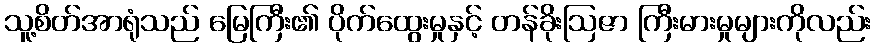
သူ့စိတ်အာရုံသည် မြေကြီး၏ ပိုက်ထွေးမှုနှင့် တန်ခိုးဩဇာ ကြီးမားမှုများကိုလည်း